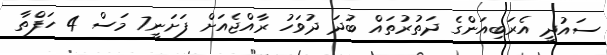
ސައުދީ އެރަބިއަންގެ ދަތުރުތައް ބުދަ ދުވަހު ރާއްޖެއަށް ފަށަނީ7 މަސް 4 ހަފްތާ